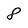
Character: 8